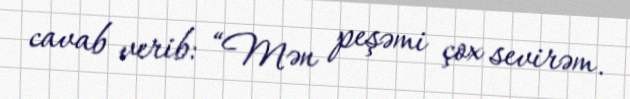
cavab verib: “Mən peşəmi çox sevirəm.